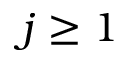
j \geq 1